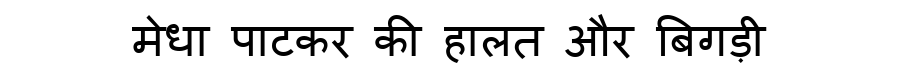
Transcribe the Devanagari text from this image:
मेधा पाटकर की हालत और बिगड़ी